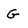
Character: G